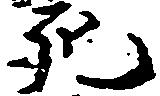
死